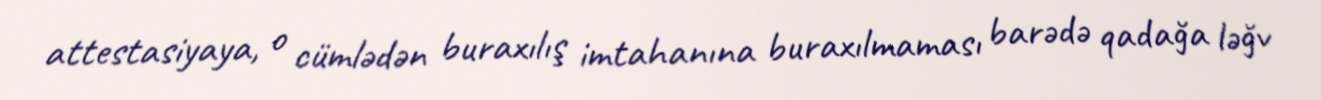
attestasiyaya, o cümlədən buraxılış imtahanına buraxılmaması barədə qadağa ləğv